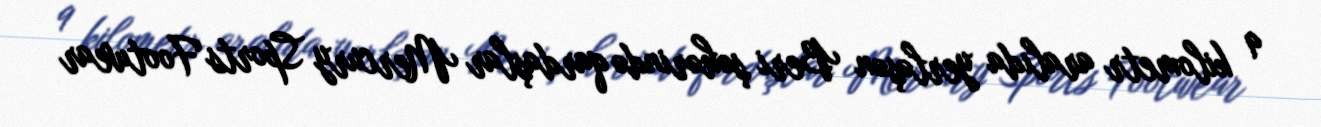
9 kilometr aralıda yerləşən Beri şəhərində qardaşlar Mercury Sports Footwear